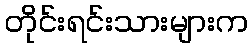
တိုင်းရင်းသားများက